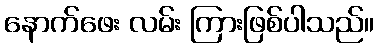
နောက်ဖေး လမ်း ကြားဖြစ်ပါသည်။